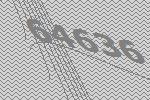
64636